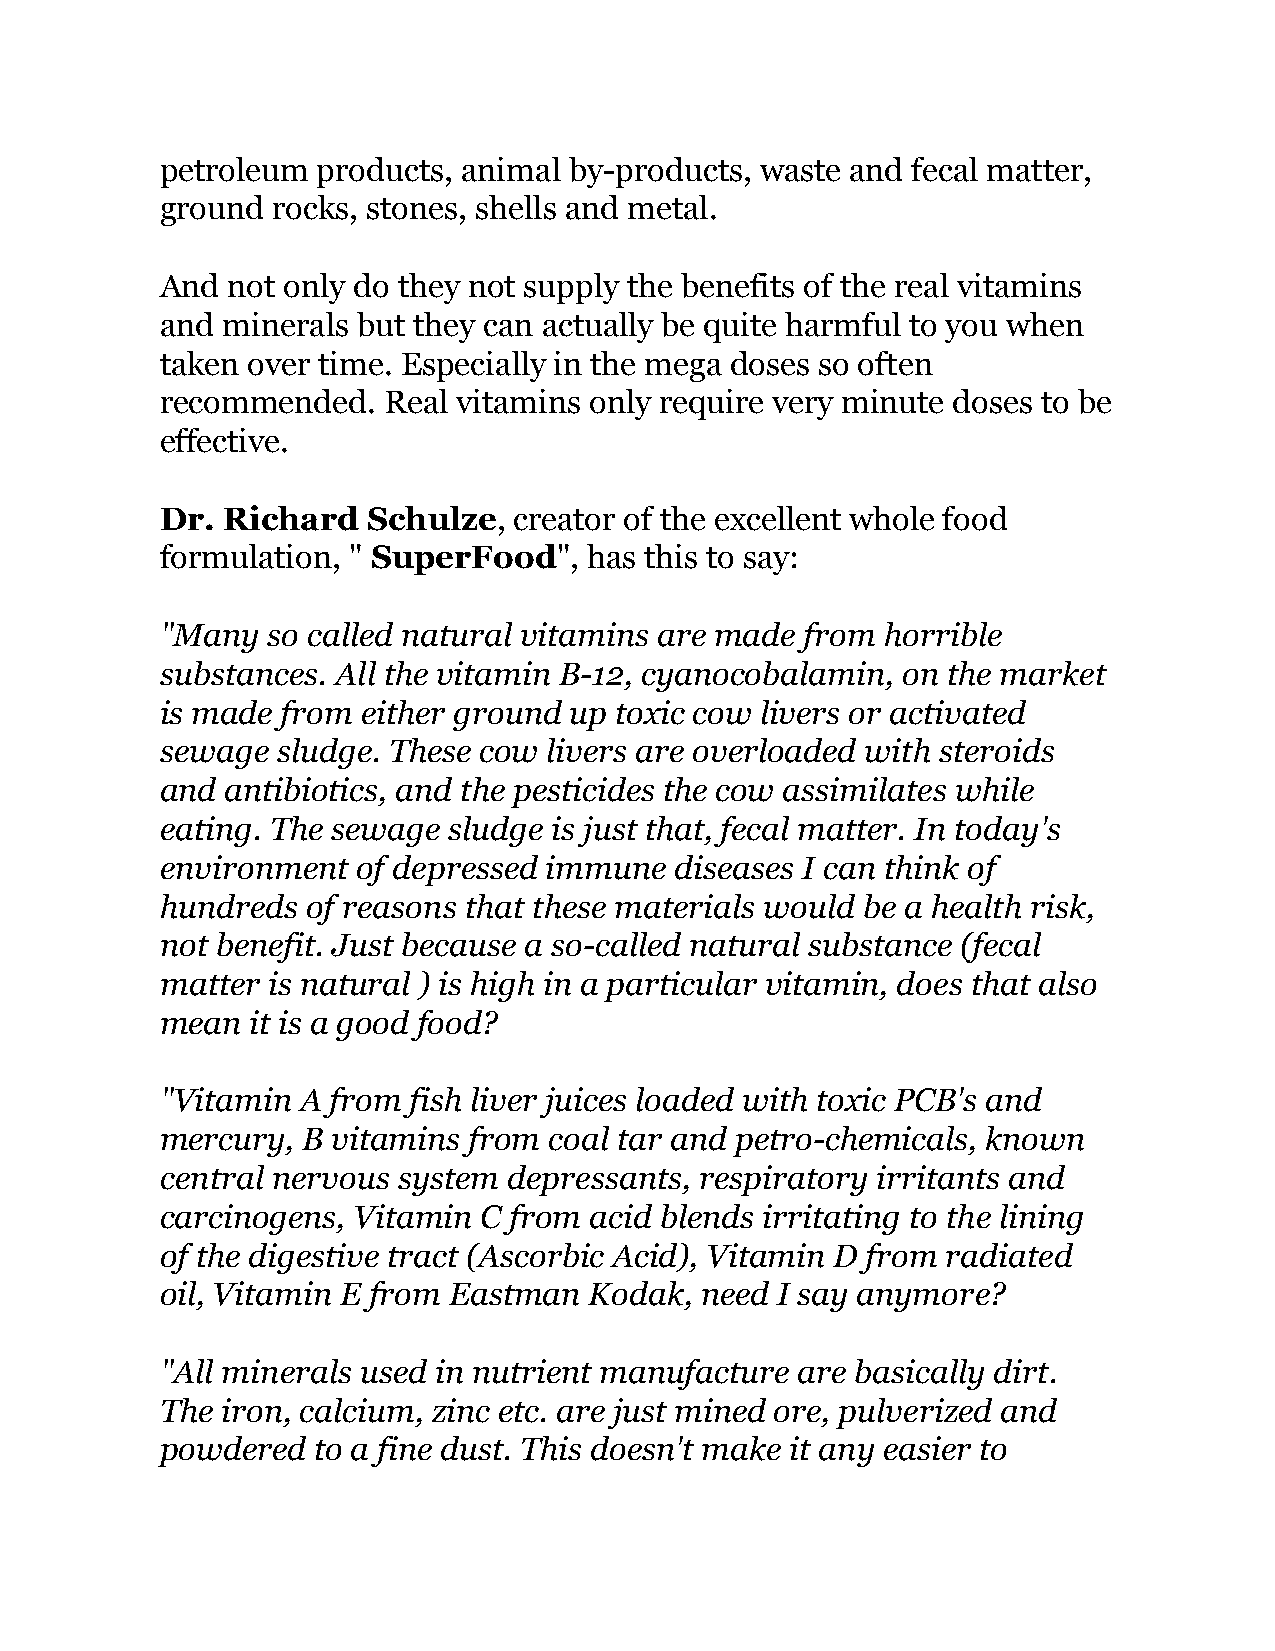
petroleum products, animal by-products, waste and fecal matter,
 ground rocks, stones, shells and metal.
 And not only do they not supply the benefits of the real vitamins
 and minerals but they can actually be quite harmful to you when
 taken over time. Especially in the mega doses so often
 recommended.  Real vitamins only require very minute doses to be
 effective.
 Dr. Richard  Schulze,  creator of the excellent whole food
 formulation, " SuperFood",  has this to say:
 "Many  so called natural vitamins are made from horrible
 substances. All the vitamin B-12, cyanocobalamin, on the market
 is made from either ground up toxic cow livers or activated
 sewage sludge. These cow livers are overloaded with steroids
 and antibiotics, and the pesticides the cow assimilates while
 eating. The sewage sludge is just that, fecal matter. In today's
 environment  of depressed immune  diseases I can think of
 hundreds of reasons that these materials would be a health risk,
 not benefit. Just because a so-called natural substance (fecal
 matter is natural ) is high in a particular vitamin, does that also
 mean  it is a good food?
 "Vitamin A from fish liver juices loaded with toxic PCB's and
 mercury, B vitamins from coal tar and petro-chemicals, known
 central nervous system depressants, respiratory irritants and
 carcinogens, Vitamin C from acid blends irritating to the lining
 of the digestive tract (Ascorbic Acid), Vitamin D from radiated
 oil, Vitamin E from Eastman Kodak, need I say anymore?
 "All minerals used in nutrient manufacture are basically dirt.
 The iron, calcium, zinc etc. are just mined ore, pulverized and
 powdered  to a fine dust. This doesn't make it any easier to